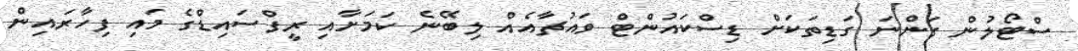
ސްޓޯލުން ގަންނަ ގަޑިތަކަށް ޑިސްކައުންޓް ވައުޗާއެއް ލިބޭނެ ކަމަށާއި ރީފްސައިޑްގެ މައި ފިހާރައިން